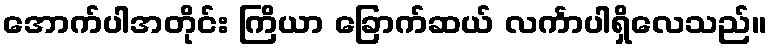
အောက်ပါအတိုင်း ကြိယာ ခြောက်ဆယ် လင်္ကာပါရှိလေသည်။